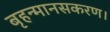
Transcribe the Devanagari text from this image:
बृहन्मानसकरण।